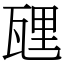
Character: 瓼